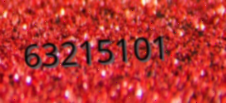
63215101